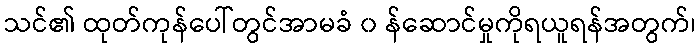
သင်၏ ထုတ်ကုန်ပေါ်တွင်အာမခံ ၀ န်ဆောင်မှုကိုရယူရန်အတွက်၊